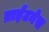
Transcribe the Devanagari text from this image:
ब्राईटनेस